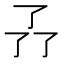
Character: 𠄕